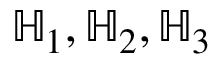
\mathbb { H } _ { 1 } , \mathbb { H } _ { 2 } , \mathbb { H } _ { 3 }